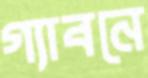
গ্যাবনে